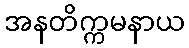
အနတိက္ကမနာယ